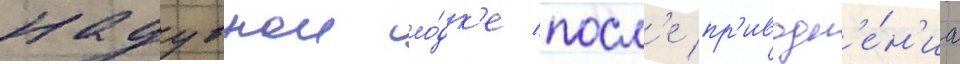
надувнои ло́дк'е посл'е пр'иводн'е́н'иа